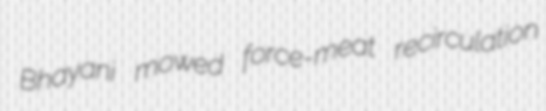
Bhayani mowed force-meat recirculation